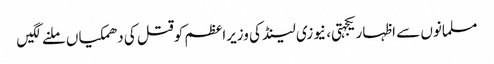
مسلمانوں سے اظہاریکجہتی، نیوزی لینڈ کی وزیراعظم کوقتل کی دھمکیاں ملنے لگیں